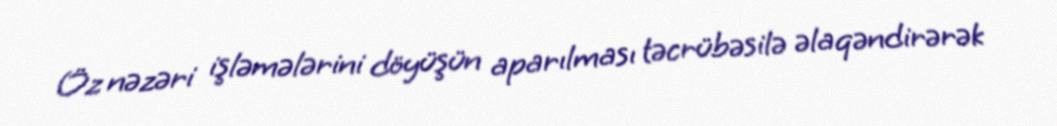
Öz nəzəri işləmələrini döyüşün aparılması təcrübəsilə əlaqəndirərək